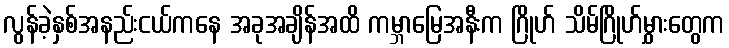
လွန်ခဲ့နှစ်အနည်းငယ်ကနေ အခုအချိန်အထိ ကမ္ဘာမြေအနီးက ဂြိုဟ် သိမ်ဂြိုဟ်မွှားတွေက